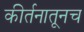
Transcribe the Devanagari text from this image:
कीर्तनातूनच